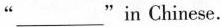
"___"in Chinese.